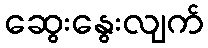
ဆွေးနွေးလျက်